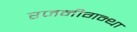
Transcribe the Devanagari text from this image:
रजनीगन्था